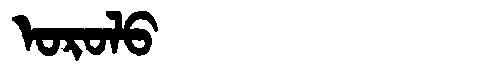
Manchu: ᠣᡵᠣᠯᠣ
Romanization: OROLO